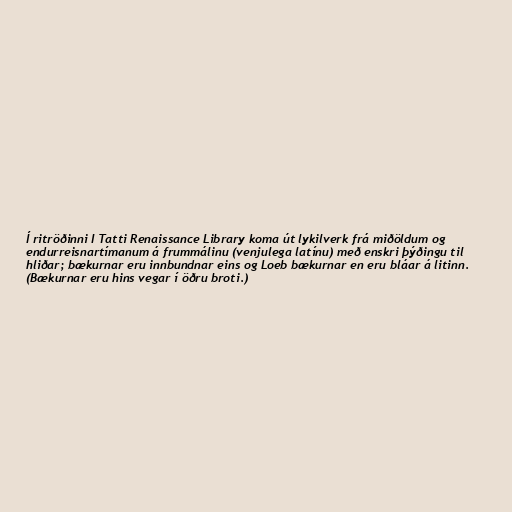
Í ritröðinni I Tatti Renaissance Library koma út lykilverk frá miðöldum og
endurreisnartímanum á frummálinu (venjulega latínu) með enskri þýðingu til
hliðar; bækurnar eru innbundnar eins og Loeb bækurnar en eru bláar á litinn.
(Bækurnar eru hins vegar í öðru broti.)